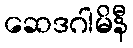
ဆေဒဂါမိနီ